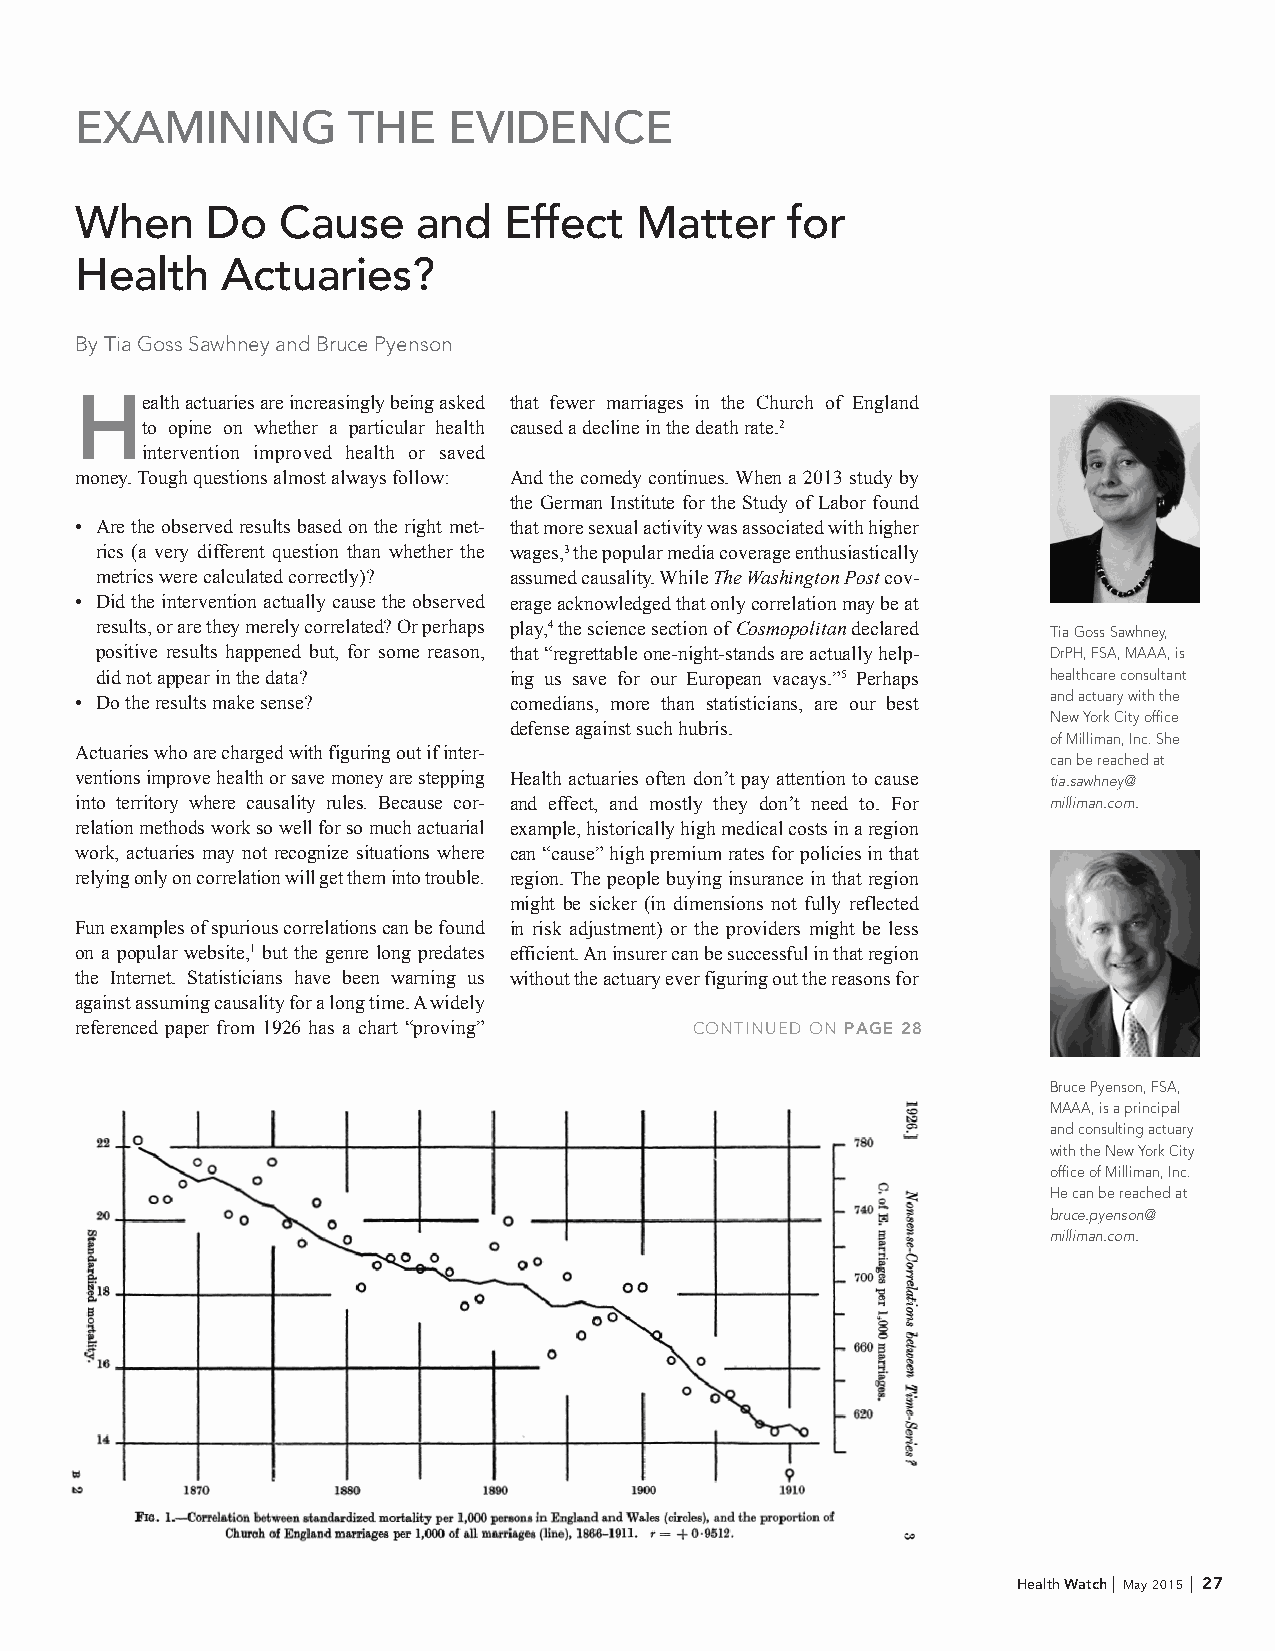
EXAMINING         THE    EVIDENCE
 When     Do  Cause     and  Effect   Matter    for
 Health    Actuaries?
 By Tia Goss Sawhney and Bruce Pyenson
 Health actuaries are increasingly being asked that fewer marriages in the Church of England
 to opine on whether a particular health caused a decline in the death rate.2
 intervention improved health or saved
 money. Tough questions almost always follow: And the comedy continues. When a 2013 study by
 the German Institute for the Study of Labor found
 • Are the observed results based on the right met- that more sexual activity was associated with higher
 rics (a very different question than whether the wages,3 the popular media coverage enthusiastically
 metrics were calculated correctly)? assumed causality. While The Washington Post cov-
 • Did the intervention actually cause the observed erage acknowledged that only correlation may be at
 results, or are they merely correlated? Or perhaps play,4 the science section of Cosmopolitan declared Tia Goss Sawhney,
 positive results happened but, for some reason, that “regrettable one-night-stands are actually help- DrPH, FSA, MAAA, is
 did not appear in the data? ing us save for our European vacays.”5 Perhaps healthcare consultant
 • Do the results make sense? comedians, more than statisticians, are our best and actuary with the
 New York City office
 defense against such hubris.
 of Milliman, Inc. She
 Actuaries who are charged with figuring out if inter-
 can be reached at
 ventions improve health or save money are stepping Health actuaries often don’t pay attention to cause tia.sawhney@
 into territory where causality rules. Because cor- and effect, and mostly they don’t need to. For milliman.com.
 relation methods work so well for so much actuarial example, historically high medical costs in a region
 work, actuaries may not recognize situations where can “cause” high premium rates for policies in that
 relying only on correlation will get them into trouble. region. The people buying insurance in that region
 might be sicker (in dimensions not fully reflected
 Fun examples of spurious correlations can be found in risk adjustment) or the providers might be less
 on a popular website,1 but the genre long predates efficient. An insurer can be successful in that region
 the Internet. Statisticians have been warning us without the actuary ever figuring out the reasons for
 against assuming causality for a long time. A widely
 referenced paper from 1926 has a chart “proving” CONTINUED ON PAGE 28
 Bruce Pyenson, FSA,
 MAAA, is a principal
 and consulting actuary
 with the New York City
 office of Milliman, Inc.
 He can be reached at
 bruce.pyenson@
 milliman.com.
 Health Watch | May 2015 | 27